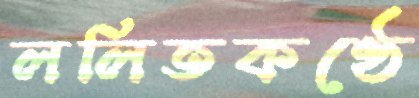
ললিতকণ্ঠে